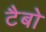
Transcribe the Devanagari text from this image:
टैबो